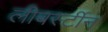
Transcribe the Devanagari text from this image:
लीबर्स्टीन